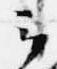
云